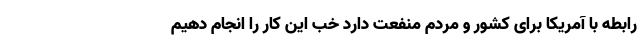
رابطه با آمریکا برای کشور و مردم منفعت دارد خب این کار را انجام دهیم